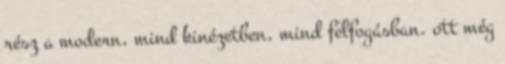
rész a modern, mind kinézetben, mind felfogásban. ott még